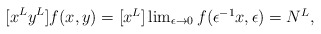
\begin{align*}[x^Ly^L] f(x,y) & = \textstyle [x^L] \lim_{\epsilon\to 0} f(\epsilon^{-1}x,\epsilon) = N^L,\end{align*}